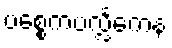
ပစ္စေကပလ္လင်္ကေန